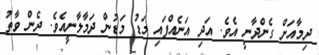
ދިމާއަށް ގެންދާނީ އެވެ. އަދި އަނެއްފައި މަޑު މަޑުން ދަމާލާނީއެވެ. ދެން ވާތު